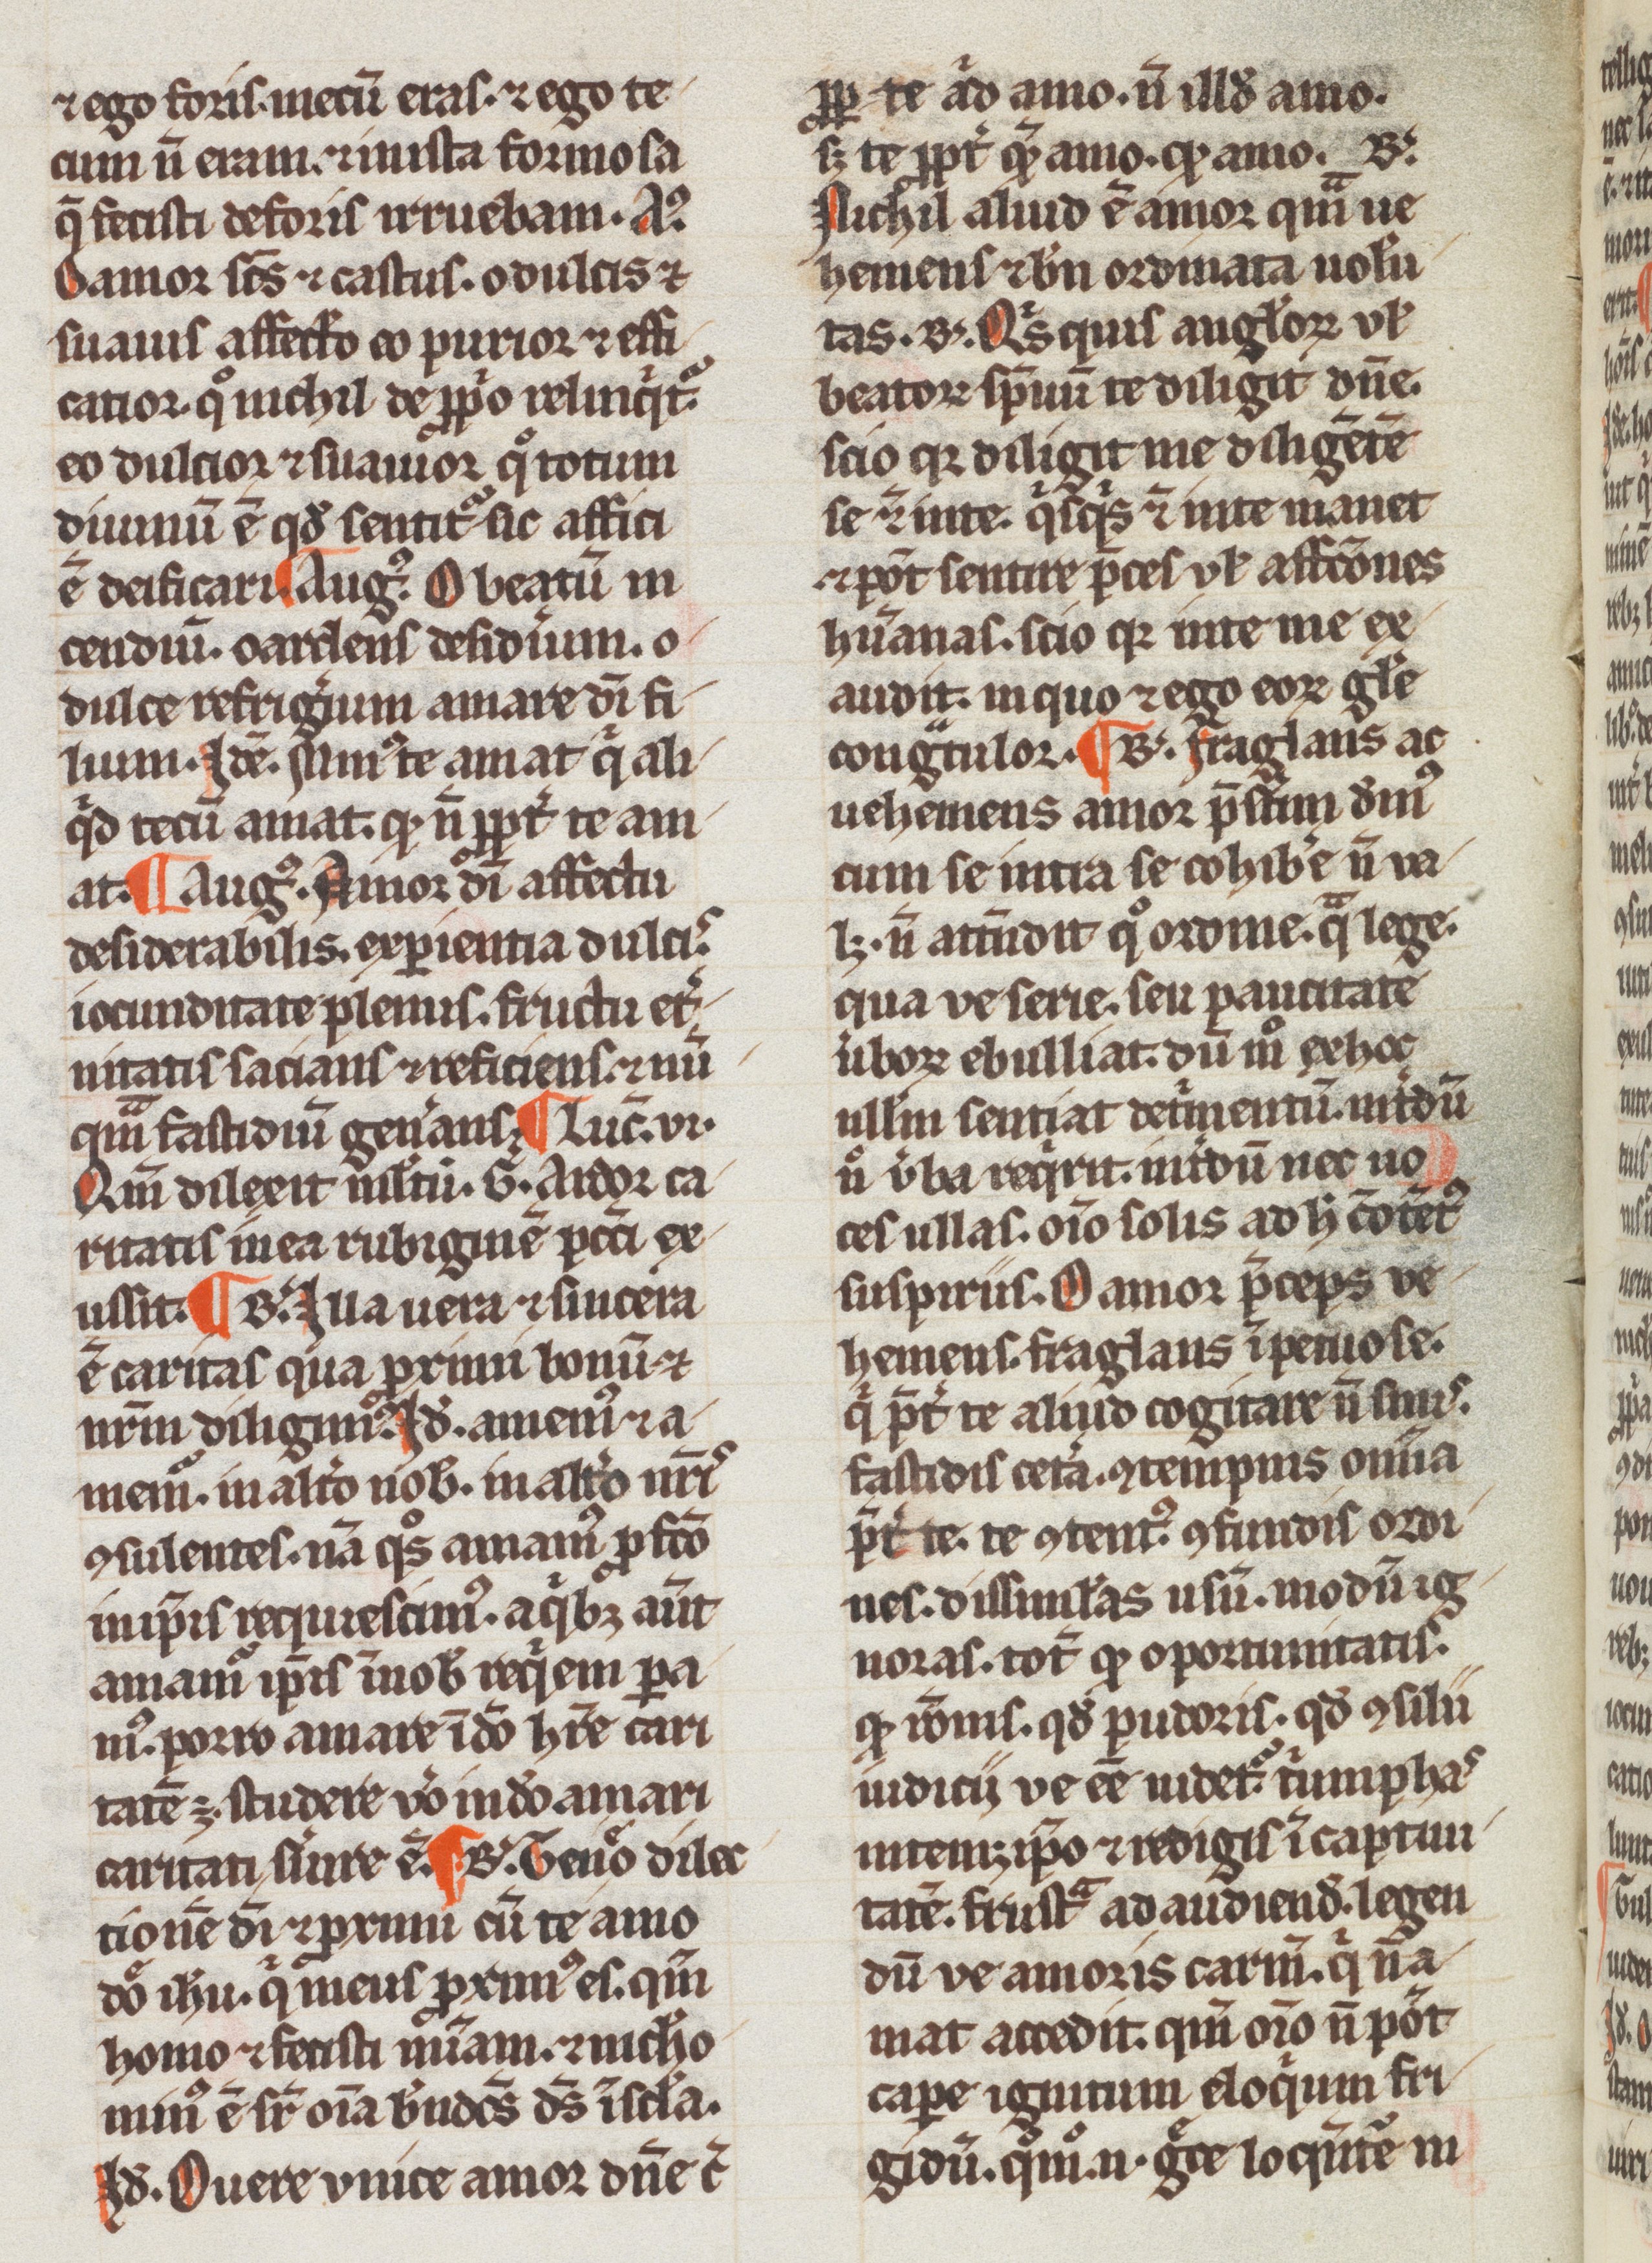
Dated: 1200–1399